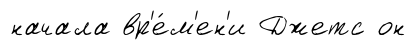
начала вр'е́м'ен'и Джетс он